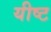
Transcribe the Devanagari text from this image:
यीष्ट